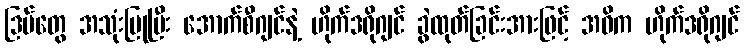
ဒြပ်တွေ အသုံးပြုပြီး အောက်စီဂျင်နဲ့ ဟိုက်ဒရိုဂျင် ခွဲထုတ်ခြင်းအားဖြင့် အဓိက ဟိုက်ဒရိုဂျင်